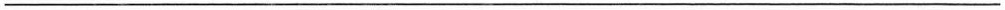
___